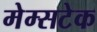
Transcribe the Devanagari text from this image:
मेम्सटेक